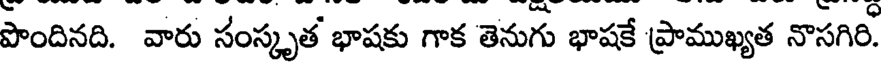
పొందినది. వారు సంస్కృత భాషకు గాక తెనుగు భాషకే ప్రాముఖ్యత నొసగిరి.